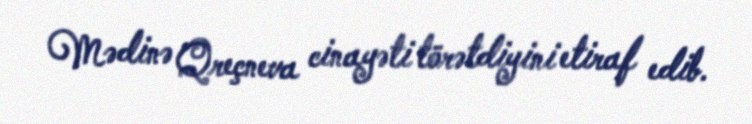
Mədinə Qreçneva cinayəti törətdiyini etiraf edib.